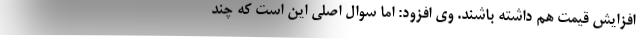
افزایش قیمت هم داشته باشند. وی افزود: اما سوال اصلی این است که چند